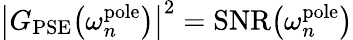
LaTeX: \big|G_{\mathrm{PSE}}\big(\omega_{n}^{\mathrm{pole}}\big)\big|^{2}=\mathrm{SNR}\big(\omega_{n}^{\mathrm{pole}}\big)